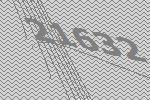
21632